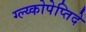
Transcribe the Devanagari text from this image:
ग्ल्य्कोपेप्तिदे